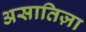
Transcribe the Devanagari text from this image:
असातिज़ा